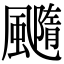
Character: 𩙇